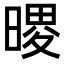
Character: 𪰺